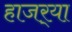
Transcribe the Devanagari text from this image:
हाजर्‍या